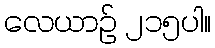
လေယာဉ် ၂၁၅ပါ။